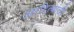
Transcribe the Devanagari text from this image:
आदित्यांची